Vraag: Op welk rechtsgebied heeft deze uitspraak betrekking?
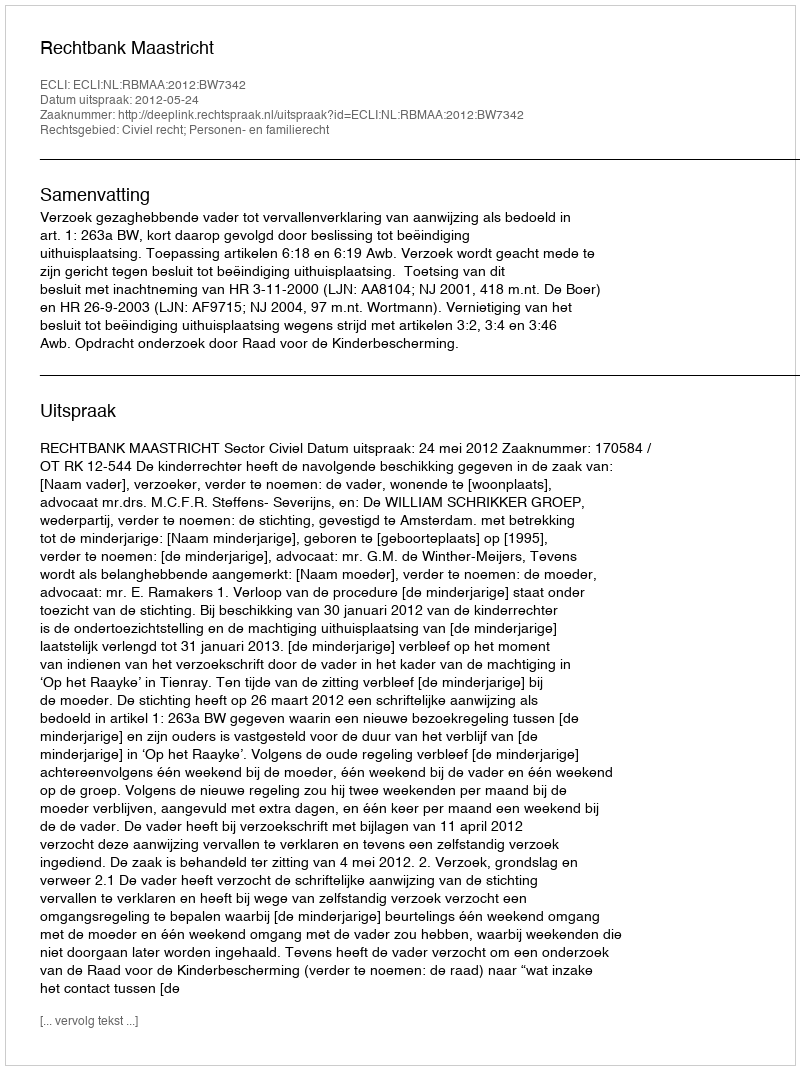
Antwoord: Civiel recht; Personen- en familierecht